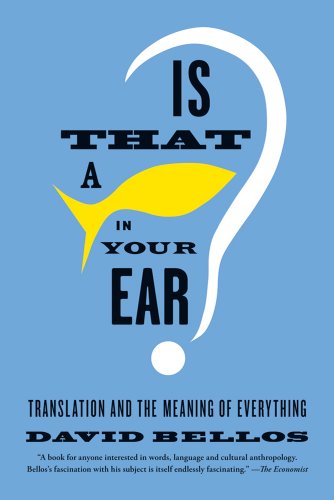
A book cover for Is That a Fish in Your Ear?: Translation and the Meaning of Everything; David Bellos; Reference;